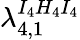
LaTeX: \lambda_{4,1}^{I_{4}H_{4}I_{4}}